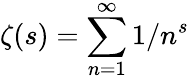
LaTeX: \zeta(s)=\sum_{n=1}^{\infty}1/n^{s}